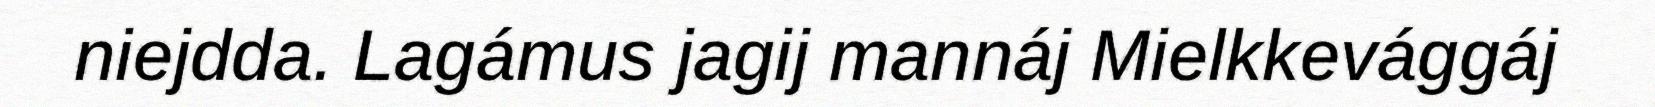
niejdda. Lagámus jagij mannáj Mielkkevággáj